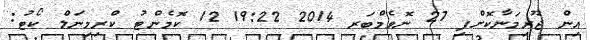
އިން ޖޫރިމަނާކޮށްފި 27 ނޮވެމްބަރ 2014 19:22 12 ކޮމެންޓު ކްރިމިނަލް ކޯޓު: